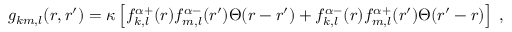
g _ { k m , l } ( r , r ^ { \prime } ) = \kappa \left[ f _ { k , l } ^ { \alpha + } ( r ) f _ { m , l } ^ { \alpha - } ( r ^ { \prime } ) \Theta ( r - r ^ { \prime } ) + f _ { k , l } ^ { \alpha - } ( r ) f _ { m , l } ^ { \alpha + } ( r ^ { \prime } ) \Theta ( r ^ { \prime } - r ) \right] \; ,